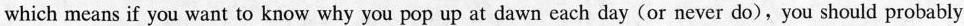
which means if you want to know why you pop up at dawn each day (or never do), you should probably